Bombay plague: being a history of the progress of plague in the Bombay presidency from September 1896 to June 1899
Year: 1896
Disease focus: Plague
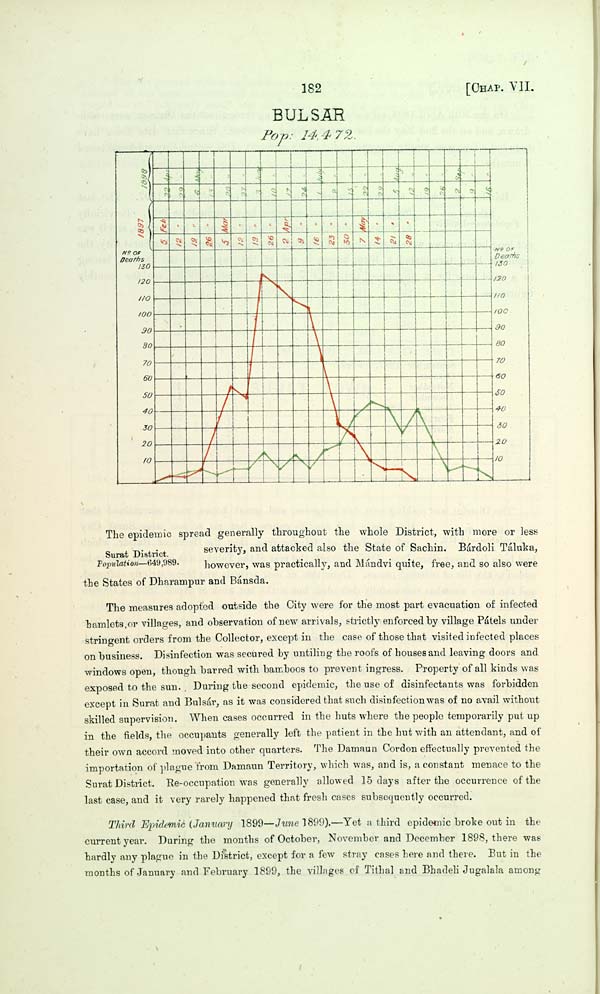
182
[CHAP. VII.
BULSAR
Pop: 14,472.
Surat District.
Population—649,989.
The epidemic spread generally throughout the whole District, with more or less
severity, and attacked also the State of Sachin. Bárdoli Táluka,
however, was practically, and Mándvi quite, free, and so also were
the States of Dharampur and Bánsda.
The measures adopted outside the City were for the most part evacuation of infected
hamlets or villages, and observation of new arrivals, strictly enforced by village Pátels under
stringent orders from the Collector, except in the case of those that visited infected places
on business. Disinfection was secured by untiling the roofs of houses and leaving doors and
windows open, though barred with bamboos to prevent ingress. Property of all kinds was
exposed to the sun. During the second epidemic, the use of disinfectants was forbidden
except in Surat and Bulsár, as it was considered that such disinfection was of no avail without
skilled supervision. When cases occurred in the huts where the people temporarily put up
in the fields, the occupants generally left the patient in the hut with an attendant, and of
their own accord moved into other quarters. The Damaun Cordon effectually prevented the
importation of plague from Damaun Territory, which was, and is, a constant menace to the
Surat District. Re-occupation was generally allowed 15 days after the occurrence of the
last case, and it very rarely happened that fresh cases subsequently occurred.
Third Epidemic (January 1899—June 1899).—Yet a third epidemic broke out in the
current year. During the months of October, November and December 1898, there was
hardly any plague in the District, except for a few stray cases here and there. But in the
months of January and February 1899, the villages of Tithal and Bhadeli Jugalala among